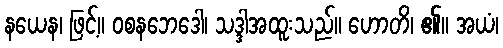
နယေန၊ ဖြင့်။ ဝစနဘေဒေါ၊ သဒ္ဒါအထူးသည်။ ဟောတိ၊ ၏။ အယံ၊